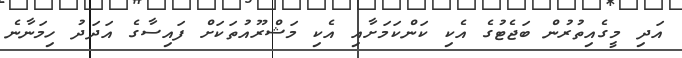
އަދި މީގެއިތުރުން ބަޖެޓުގެ އެކި ކަންކަމަށާއި އެކި މަޝްރޫއުތަކަށް ފައިސާގެ އަދަދު ހިމަނާނެ